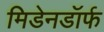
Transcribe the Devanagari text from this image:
मिडेनडॉर्फ